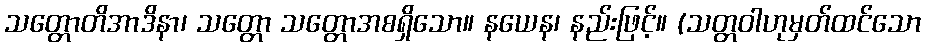
သတ္တောတိအာဒိနာ၊ သတ္တော သတ္တောအစရှိသော။ နယေန၊ နည်းဖြင့်။ (သတ္တဝါဟုမှတ်ထင်သော